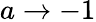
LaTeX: a\rightarrow-1